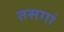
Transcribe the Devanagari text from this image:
तसगां